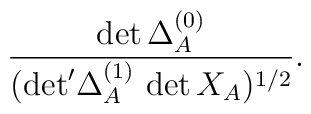
\frac{\det\Delta_A^{(0)}}{({\det}'\Delta_A^{(1)}\,\det X_A)^{1/2}}.